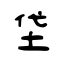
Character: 垈